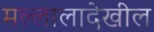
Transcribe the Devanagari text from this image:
मल्लालादेखील